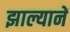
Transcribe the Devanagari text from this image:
झाल्यानें